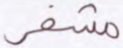
مشفر